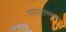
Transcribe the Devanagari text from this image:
अपघातस्थळास